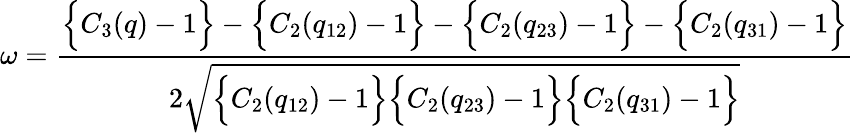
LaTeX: \omega=\frac{\Big\{ C_{3}(q)-1\Big\} -\Big\{ C_{2}(q_{12})-1\Big\} -\Big\{ C_{2}(q_{23})-1\Big\} -\Big\{ C_{2}(q_{31})-1\Big\} }{2\sqrt{\Big\{ C_{2}(q_{12})-1\Big\} \Big\{ C_{2}(q_{23})-1\Big\} \Big\{ C_{2}(q_{31})-1\Big\} }}